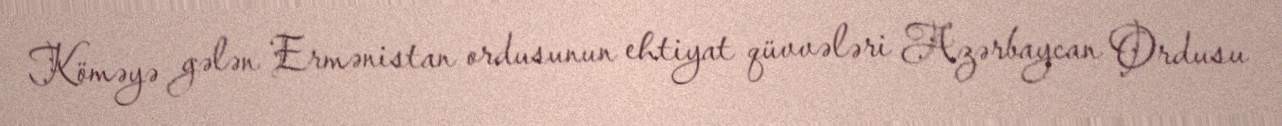
Köməyə gələn Ermənistan ordusunun ehtiyat qüvvələri Azərbaycan Ordusu